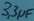
Text: 3,3µF